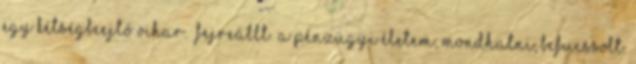
egy kétségbeejtő vihar. “fejreállt” a pénzügyi életem, mondhatni, befucssolt.